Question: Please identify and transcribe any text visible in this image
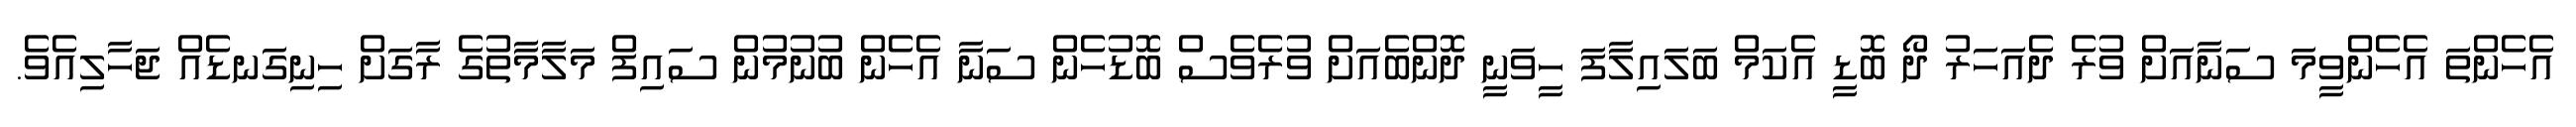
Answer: އެހެންތަ އެހެންވީމަ ސަނާއަށް ވުރެ ދެއަހަރު ދޯ ބޮޑީ އެކަމް ބަލައިލާފަ ހީވަނީ ދޮންބެއަށް ވުރެވެސް ބޮޑުހެން ސަނާ އެހެން ބުނުމުން ސައިފް މަލާމާތުގެ ރާގަށް ހިނިގަނޑެއް ޖަހާލިއެވެ.